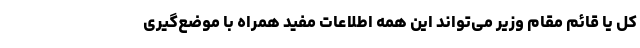
کل یا قائم مقام وزیر می‌تواند این همه اطلاعات مفید همراه با موضع‌گیری